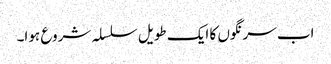
اب سرنگوں کا ایک طویل سلسلہ شروع ہوا۔